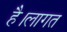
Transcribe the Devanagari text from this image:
है।लागत